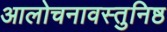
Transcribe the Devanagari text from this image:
आलोचनावस्तुनिष्ठ